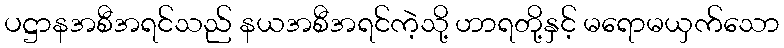
ပဋ္ဌာနအစီအရင်သည် နယအစီအရင်ကဲ့သို့ ဟာရတို့နှင့် မရောမယှက်သော